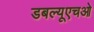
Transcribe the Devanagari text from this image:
डबल्यूएचओ